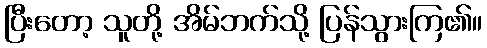
ပြီးတော့ သူတို့ အိမ်ဘက်သို့ ပြန်သွားကြ၏။